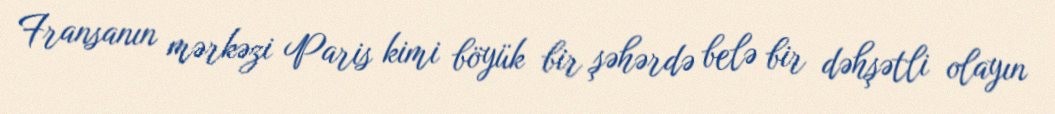
Fransanın mərkəzi Paris kimi böyük bir şəhərdə belə bir dəhşətli olayın